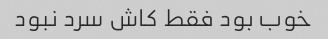
خوب بود فقط کاش سرد نبود